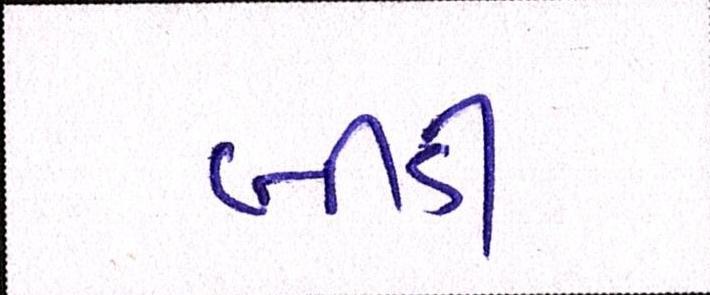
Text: બીડી